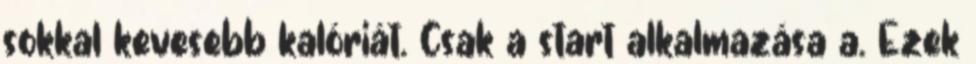
sokkal kevesebb kalóriát. Csak a start alkalmazása a. Ezek